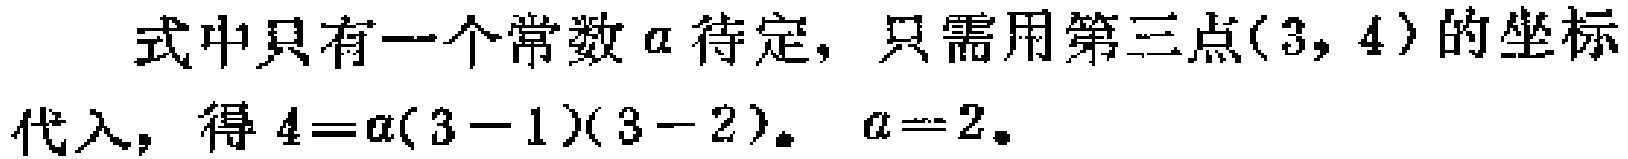
式中只有一个常数\(a\)待定，只需用第三点\((3, 4)\)的坐标代入，得\(4=a(3 - 1)(3 - 2)\)。\(a = 2\)。